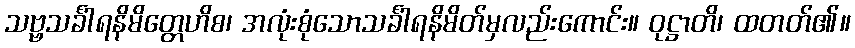
သဗ္ဗသင်္ခါရနိမိတ္တေဟိစ၊ အလုံးစုံသောသင်္ခါရနိမိတ်မှလည်းကောင်း။ ဝုဋ္ဌာတိ၊ ထတတ်၏။